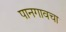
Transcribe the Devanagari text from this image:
पानगावचा